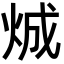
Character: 𪸤